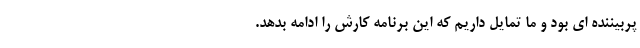
پربیننده ای بود و ما تمایل داریم که این برنامه کارش را ادامه بدهد.